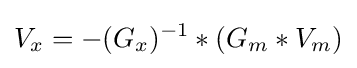
V_{x}=-(G_{x})^{-1}*(G_{m}*V_{m})